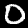
Label: 0